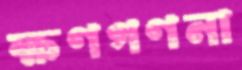
ক্ষণগণনা